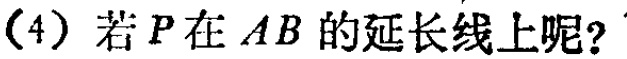
(4) 若 \(P\) 在 \(AB\) 的延长线上呢?